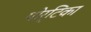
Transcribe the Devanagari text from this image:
पोर्टिका